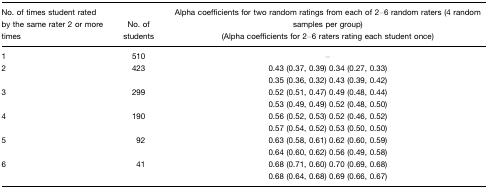
<table><thead><tr><td><b>No. of times student rated by the same rater 2 or more times</b></td><td><b>No. of students</b></td><td><b>Alpha coefficients for two random ratings from each of 2–6 random raters (4 random samples per group) (Alpha coefficients for 2–6 raters rating each student once)</b></td></tr></thead><tbody><tr><td>1</td><td>510</td><td>–</td></tr><tr><td>2</td><td>423</td><td>0.43 (0.37, 0.39) 0.34 (0.27, 0.33)0.35 (0.36, 0.32) 0.43 (0.39, 0.42)</td></tr><tr><td>3</td><td>299</td><td>0.52 (0.51, 0.47) 0.49 (0.48, 0.44)0.53 (0.49, 0.49) 0.52 (0.48, 0.50)</td></tr><tr><td>4</td><td>190</td><td>0.56 (0.52, 0.53) 0.52 (0.46, 0.52)0.57 (0.54, 0.52) 0.53 (0.50, 0.50)</td></tr><tr><td>5</td><td>92</td><td>0.63 (0.58, 0.61) 0.62 (0.60, 0.59)0.64 (0.60, 0.62) 0.56 (0.49, 0.58)</td></tr><tr><td>6</td><td>41</td><td>0.68 (0.71, 0.60) 0.70 (0.69, 0.68)0.68 (0.64, 0.68) 0.69 (0.66, 0.67)</td></tr></tbody></table>